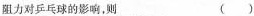
阻力对乒乓球的影响，则 ( )